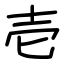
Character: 壱